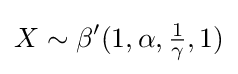
X\sim \beta ^{\prime }(1,\alpha ,{\tfrac {1}{\gamma }},1)